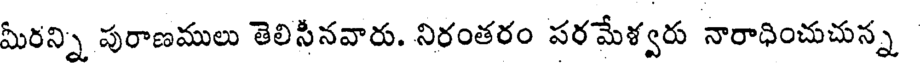
మీరన్ని పురాణములు తెలిసీనవారు. నిరంతరం పరమేళ్వరు నారాధించుచున్న